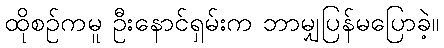
ထိုစဉ်ကမူ ဦးနောင်ရှမ်းက ဘာမျှပြန်မပြောခဲ့။